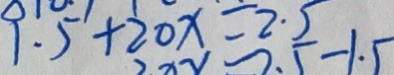
9 . 5 + 2 0 x = 2 . 5